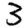
Digit: 3